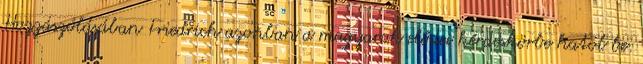
Hozzászólásában Friedrich azonban a magyarok elődei kérdéskörbe hatol be.